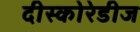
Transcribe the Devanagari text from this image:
दीस्कोरेडीज